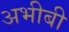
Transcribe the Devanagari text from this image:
अभीबी